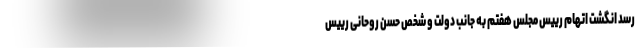
رسد انگشت اتهام رییس مجلس هفتم به جانب دولت و شخص حسن روحانی رییس